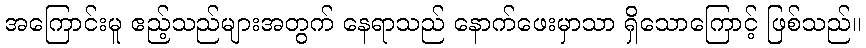
အကြောင်းမူ ဧည့်သည်များအတွက် နေရာသည် နောက်ဖေးမှာသာ ရှိသောကြောင့် ဖြစ်သည်။